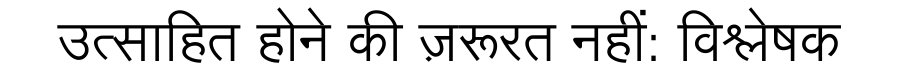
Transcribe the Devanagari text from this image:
उत्साहित होने की ज़रूरत नहीं: विश्लेषक